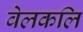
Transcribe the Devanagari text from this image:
वेलकलि